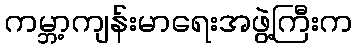
ကမ္ဘာ့ကျန်းမာရေးအဖွဲ့ကြီးက